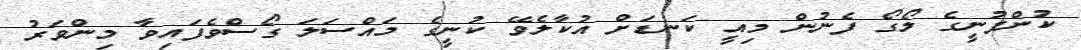
ކުންފުނީގެ ލޯގޯ ފެނުން މިއީ ކަނޑަށް އުކާލެވޭ ކުނީގެ މައްސަލަ ގޯސްވެފައިވާ މިންވަރު